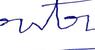
Signature authenticity: forged